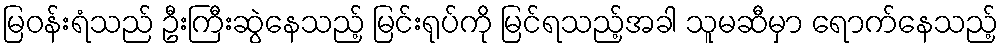
မြဝန်းရံသည် ဦးကြီးဆွဲနေသည့် မြင်းရုပ်ကို မြင်ရသည့်အခါ သူမဆီမှာ ရောက်နေသည့်